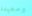
وسعيدة